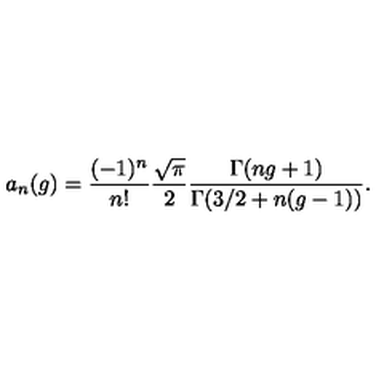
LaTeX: a _ { n } ( g ) = \frac { ( - 1 ) ^ { n } } { n ! } \frac { \sqrt { \pi } } { 2 } \frac { \Gamma ( n g + 1 ) } { \Gamma ( 3 / 2 + n ( g - 1 ) ) } .